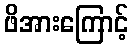
ဖိအားကြောင့်